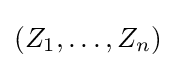
(Z_{1},\dots ,Z_{n})